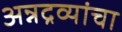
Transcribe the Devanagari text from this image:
अन्नद्रव्यांचा